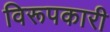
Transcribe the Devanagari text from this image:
विरूपकारी